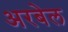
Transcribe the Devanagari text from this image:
अरबेल